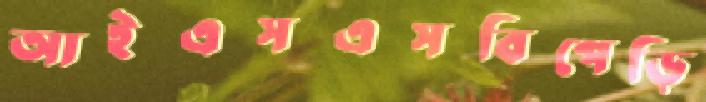
আইএসএসবিপেড়ি